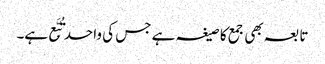
تابعہ بھی جمع کا صیغہ ہے جس کی واحد تُبَّع ہے۔